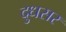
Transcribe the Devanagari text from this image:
दुधसर